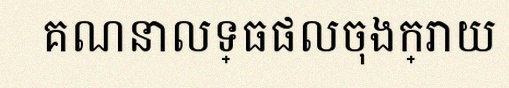
គណនាលទ្ធផលចុងក្រោយ